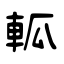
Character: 軱